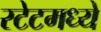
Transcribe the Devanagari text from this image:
स्टेटमध्ये